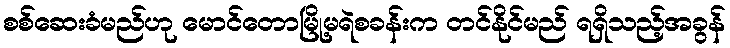
စစ်ဆေးခံမည်ဟု မောင်တောမြို့မရဲစခန်းက တင်နိုင်မည် ရရှိသည့်အခွန်